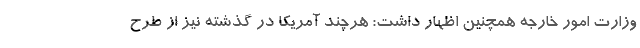
وزارت امور خارجه همچنین اظهار داشت: هرچند آمریکا در گذشته نیز از طرح